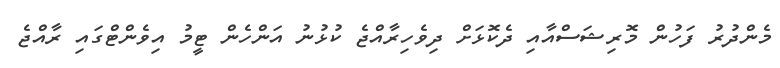
މެންދުރު ފަހުން މޮރިޝަސްއާއި ދެކޮޅަށް ދިވެހިރާއްޖެ ކުޅުނު އަންހެން ޓީމު އިވެންޓްގައި ރާއްޖެ